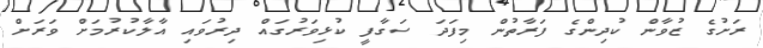
ރަށުގެ ޒުވާން ކުދިންގެ ފަރާތުން މިފަދަ ސަގާފީ ކުޅިވަރުގައް ދިރުވައި އާލާކުރުމަށް ވަރަށް